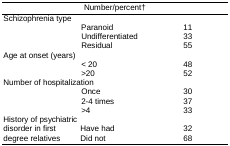
| <COLSPAN=3> Number/percent† |
 | --- | --- | --- |
 | Schizophrenia type |  |  |
 |  | Paranoid | 11 |
 |  | Undifferentiated | 33 |
 |  | Residual | 55 |
 | Age at onset (years) |  |  |
 |  | < 20 | 48 |
 |  | >20 | 52 |
 | Number of hospitalization |  |  |
 |  | Once | 30 |
 |  | 2-4 times | 37 |
 |  | >4 | 33 |
 | History of psychiatric |  |  |
 | disorder in first | Have had | 32 |
 | degree relatives | Did not | 68 |